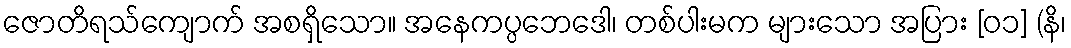
ဇောတိရသ်ကျောက် အစရှိသော။ အနေကပ္ပဘေဒေါ၊ တစ်ပါးမက များသော အပြား [၀၁] (နိ၊